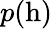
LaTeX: p(\mathrm{h})